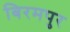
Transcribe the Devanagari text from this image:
बिरमपुर